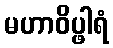
မဟာဝိပ္ဖါရံ